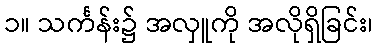
၁။ သင်္ကန်း၌ အလှူကို အလိုရှိခြင်း၊